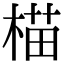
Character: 𬃝